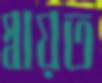
স্বায়ত